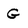
Character: G